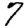
Digit: 7